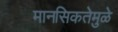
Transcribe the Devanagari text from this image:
मानसिकतेमुळे